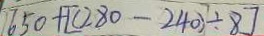
1 6 5 0 + [ ( 2 8 0 - 2 4 0 ) \div 8 ]